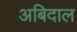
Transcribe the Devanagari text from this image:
अबिदाल